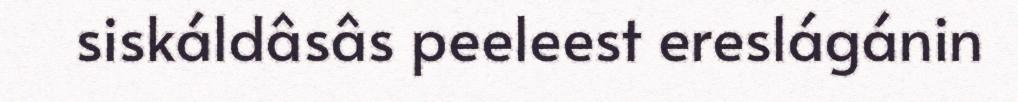
siskáldâsâs peeleest ereslágánin